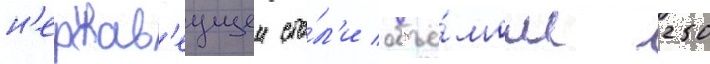
н'ержав'еущеи ста́л'и объё́мом 250